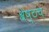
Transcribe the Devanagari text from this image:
श्रेष्ठच